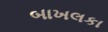
બાખલકા